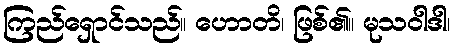
ကြည်ရှောင်သည်။ ဟောတိ၊ ဖြစ်၏။ မုသဝါဒါ၊